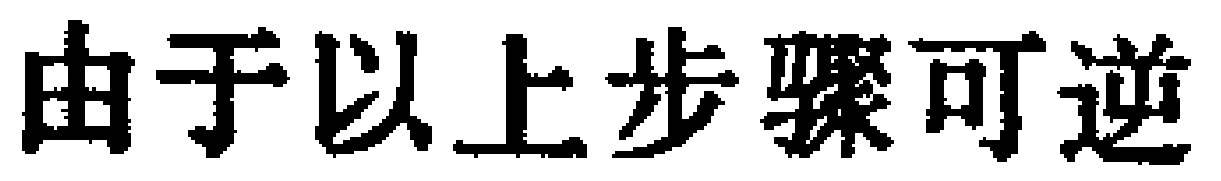
由于以上步骤可逆